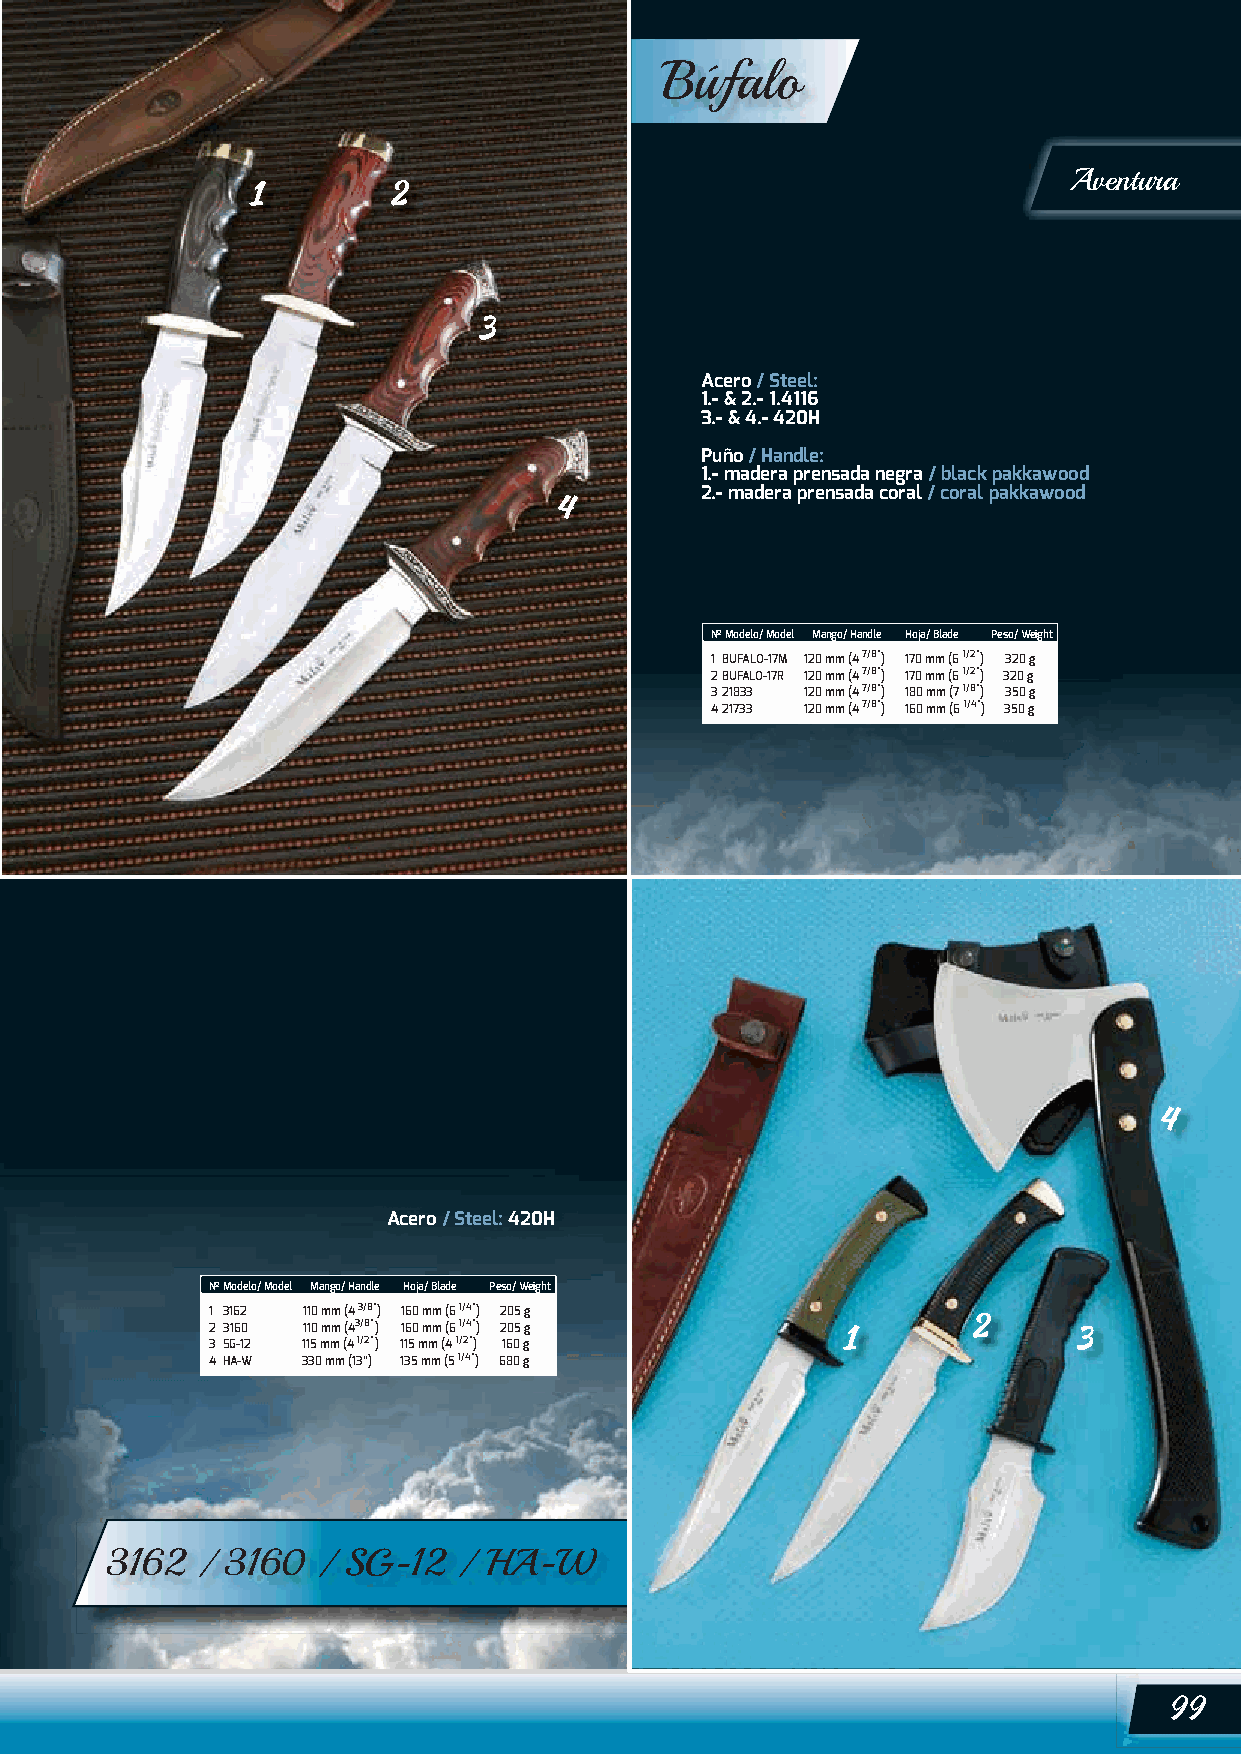
Búfalo
 Aventura
 Acero / Steel:
 1.- & 2.- 1.4116
 3.- & 4.- 420H
 Puño / Handle:
 1.- madera prensada negra / black pakkawood
 2.- madera prensada coral / coral pakkawood
 Nº Modelo/ Model Mango/ Handle Hoja/ Blade Peso/ Weight
 1 BUFALO-17M 120 mm (4 7/8”) 170 mm (6 1/2”) 320 g
 2 BUFALO-17R 120 mm (4 7/8”) 170 mm (6 1/2”) 320 g
 3 21833 120 mm (4 7/8”) 180 mm (7 1/8”) 350 g
 4 21733 120 mm (4 7/8”) 160 mm (6 1/4”) 350 g
 Acero / Steel: 420H
 Nº Modelo/ Model Mango/ Handle Hoja/ Blade Peso/ Weight
 1 3162 110 mm (4 3/8”) 160 mm (6 1/4”) 205 g
 2 3160 110 mm (43/8”) 160 mm (6 1/4”) 205 g
 3 SG-12 115 mm (4 1/2”) 115 mm (4 1/2”) 160 g
 4 HA-W 330 mm (13”) 135 mm (5 1/4”) 680 g
 3162  / 3160  / SG-12  / HA-W
 99